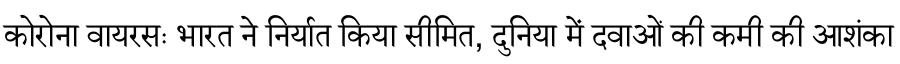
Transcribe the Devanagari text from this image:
कोरोना वायरसः भारत ने निर्यात किया सीमित, दुनिया में दवाओं की कमी की आशंका